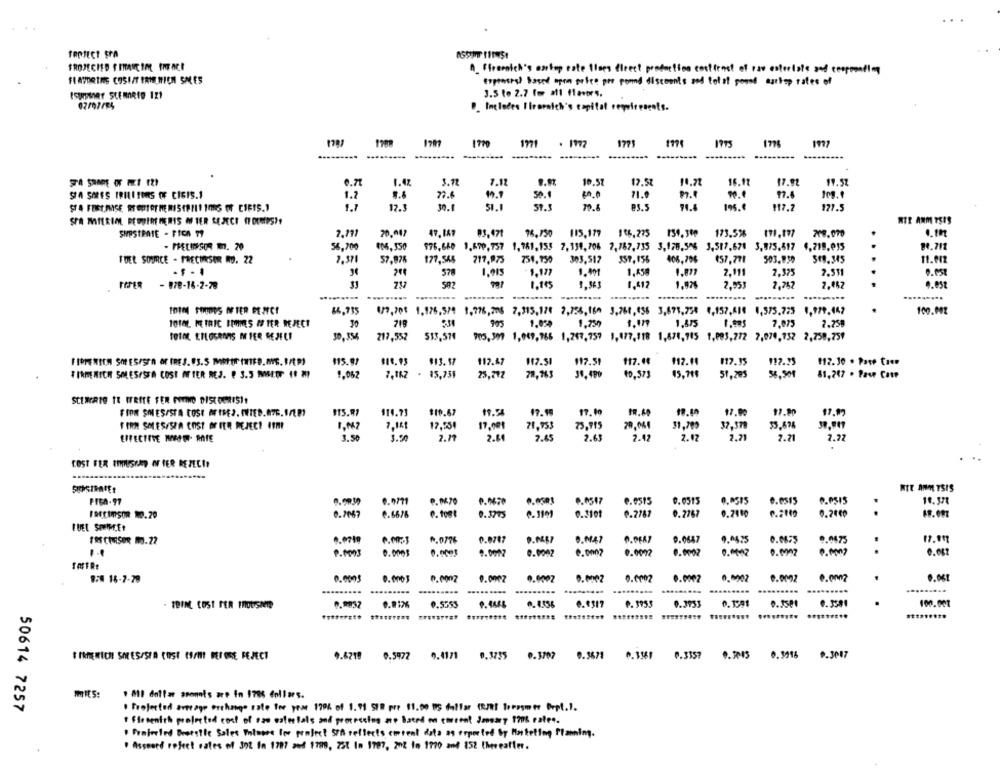
PROTECT SrA
A. Fromich's anetop este floss fireet production contiene of pso astoolate and cespreading
FIATDRING COSIIT PRIN MICH SALES
expresral based open police per pound discounts and lot of posad aschop rates of
3.5 to 2.7 for all flavors.
Includes I troenich's capital rewelresents.
1789
1799
1771
. 1972
1771
1771
1795
1776
....
.........
0.7
1.42
3.12
7.12
10.57
17.5t
14.72
16.11
17.92
19.52
STA SORES IRILITONS OF CIGIS.1
50.1
11.0
1.2
9.6
77.6
17.4
1.1
17.3
30.1
57.5
@3.5
74.4
195.€
117.2
127.5
SPA MATERIAL PEOUIRE HERIS M TER REJECT (7 DEMIPS ?!
NTE ANM YSIS
SUPSTRATE - FICA 79
20.047
03.471
76,750
115,179
106.275
154,300
173.5%
191.177
56.700
$06,350
976,660 1.670,757 1,781,155 2,334,706 2,787,735 3,178,506 3,517,671 3,875.517 4,218,015
84.712
FUEL SOURCE - PRECISER MU. 22
2.371
57.978
177,565
217,975
754,950
303,512
359, 056
457.771
503.930
$18.345
.
11.912
2.511
578
1.915
1.977
1. A
1,450
2.111
2.375
- 878-16-2-78
717
1.115
1.412
1.975
2,953
2,752
9.PSE
.....----
.
127.7pt 1,176,5/9 1,976, 205 7,315,178 2,755, 160 3,760,056 3,875,758 6,957,816 0,375.725 0,979.447
100.002
10140 METRIC FRIES # TER REJECT
30
718
905
1.03
1,759
1,875
7.075
2.250
TOTAL ETLOGRARS MIER SEJFET
30.354
217,552
513,57€
905, 307 1,969,766 1,247,757 1,477,118 1,670,945 1,093,772 7,070,752 2,750,759
115.92
$13.17
112.47
117.51
197.51
117.14
$12.11
912.25
#12.10 . Pare Caen
FIRMENICH SOLES/SEA COST AFTER REJ. # 3.5 MMETT 11 M
9,062
7,162 - 85,739
23,292
78,763
30,199
€0,573
15,7tf
51,295
56,508
61,247 . Pase Cate
SCENCATO IR WRITE TER PORNO DISCOGRIS !!
FIDE SMES/STA COSE AFISEJ. INTED.876.1/20)
915.97
114.73
$10.67
17.19
17.00
17.90
97.80
17.99
17,254
17.001
71.953
73,715
31.209
37.379
35.678
FIRM SOLES/SPA COST OFFER REJECT ITHI
3.50
3.90
2.71
2.81
7.85
2.63
2.42
2.42
2.71
2.71
7.22
COST FER IMMIUSHAD OF IER DETEC !!
WIE ANM TSIS
FIGA-97
0.0771
0.0670
0.0547
e.0515
0.0515
0.0515
0.0545
.. 0515
10.371
0.2067
2.6676
0. tomt
0.377
0.2787
0.2767
0.2110
0.2440
9.0709
1.0776
0.0707
O.047
9.0647
9.0425
0.0655
9.0475
17.09
P.MOO3
0.0001
9.0002
0.0002
0.0002
0.0002
0.0002
0.0002
858 16-7-79
0.0002
0.0007
0.0005
0.0003
0.0002
0.0002 0.0002 0.0002 0.0002 0.0002
.........
.....
0.9932
0.912%
0.5555
P. 4666
0.8317
9. 3953
0.3953
0.1:91
0.3501
0.3381
I IREMICH SORES/SEA COSI C/H! BEFORE FEJECT
9.6219 0.5972 9.41/1 0,3735 0.3707 0.3678 0.3561 0.3357 9.2005 0.3916 9.3007
mitS:
· Ml dollar spomois are In 1786 dollars.
50614 7257
. Projected average exchange rate for yeme 179% of 1.71 SUR pre 11.00 US dollar (R/R! terasmer Dept.1.
+ Firmenfik projected cost of eso esletals and processing are based on secent doneary 1706 cales.
. Frajerled Bretttic Sales Voissee for project S/A reflects cmrent data as erported by Marketing Planing.
. Assesed refect rates of 3ot In 1787 and 1789, 251 In 1787, 202 in 1770 and 152 thereafter.